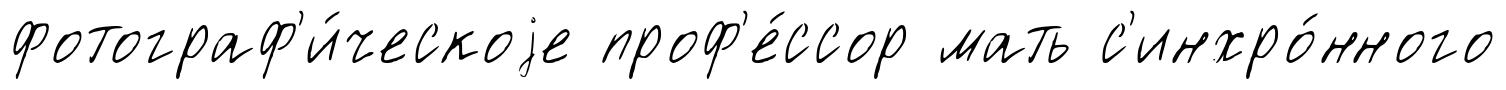
фотограф'и́ческоjе проф'е́ссор мать с'инхро́нного